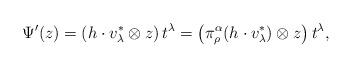
LaTeX: \begin{align*}\Psi'(z)=\left(h\cdot v_\lambda^*\otimes z\right)t^\lambda=\left(\pi_\rho^\alpha(h\cdot v_\lambda^*)\otimes z\right)t^\lambda,\end{align*}